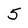
Character: 5